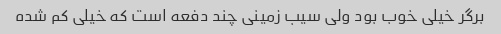
برگر خیلی خوب بود ولی سیب زمینی چند دفعه است که خیلی کم شده